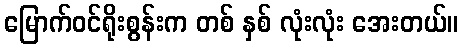
မြောက်ဝင်ရိုးစွန်းက တစ် နှစ် လုံးလုံး အေးတယ်။